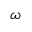
\omega